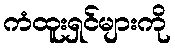
ကံထူးရှင်များကို